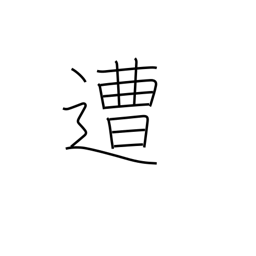
Meaning: encounter